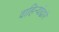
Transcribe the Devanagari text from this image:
वाहिन्यांद्वारे